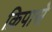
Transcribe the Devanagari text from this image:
क्रिपासे